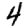
Digit: 4